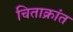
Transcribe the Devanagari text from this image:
चिताक्रांत